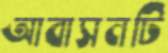
আবাসনটি